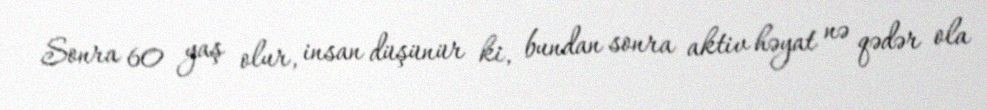
Sonra 60 yaş olur, insan düşünür ki, bundan sonra aktiv həyat nə qədər ola